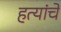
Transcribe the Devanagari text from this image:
हत्यांचे